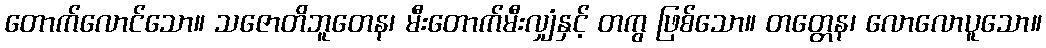
တောက်လောင်သော။ သဇောတိဘူတေန၊ မီးတောက်မီးလျှံနှင့် တကွ ဖြစ်သော။ တတ္တေန၊ လောလောပူသော။